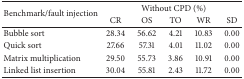
<table><thead><tr><td rowspan="2"><b>Benchmark/fault injection</b></td><td colspan="5"><b>Without CPD (%)</b></td></tr><tr><td><b>CR</b></td><td><b>OS</b></td><td><b>TO</b></td><td><b>WR</b></td><td><b>SD</b></td></tr></thead><tbody><tr><td>Bubble sort</td><td>28.34</td><td>56.62</td><td>4.21</td><td>10.83</td><td>0.00</td></tr><tr><td>Quick sort</td><td>27.66</td><td>57.31</td><td>4.01</td><td>11.02</td><td>0.00</td></tr><tr><td>Matrix multiplication</td><td>29.50</td><td>55.73</td><td>3.86</td><td>10.91</td><td>0.00</td></tr><tr><td>Linked list insertion</td><td>30.04</td><td>55.81</td><td>2.43</td><td>11.72</td><td>0.00</td></tr></tbody></table>